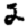
Digit: 2